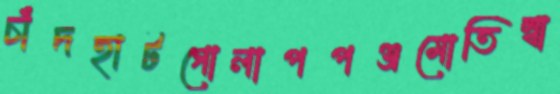
চাঁদহাটগোলাপপঞ্জমোতিম্বা